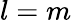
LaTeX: l=m